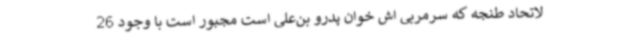
لاتحاد طنجه که سرمربی اش خوان پدرو بن‌علی است مجبور است با وجود 26